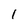
Character: 1